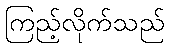
ကြည့်လိုက်သည်